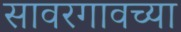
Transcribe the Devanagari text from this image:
सावरगावच्या